Annual statistical returns and brief notes on vaccination in Bengal - 1909-1929
Year: 1909
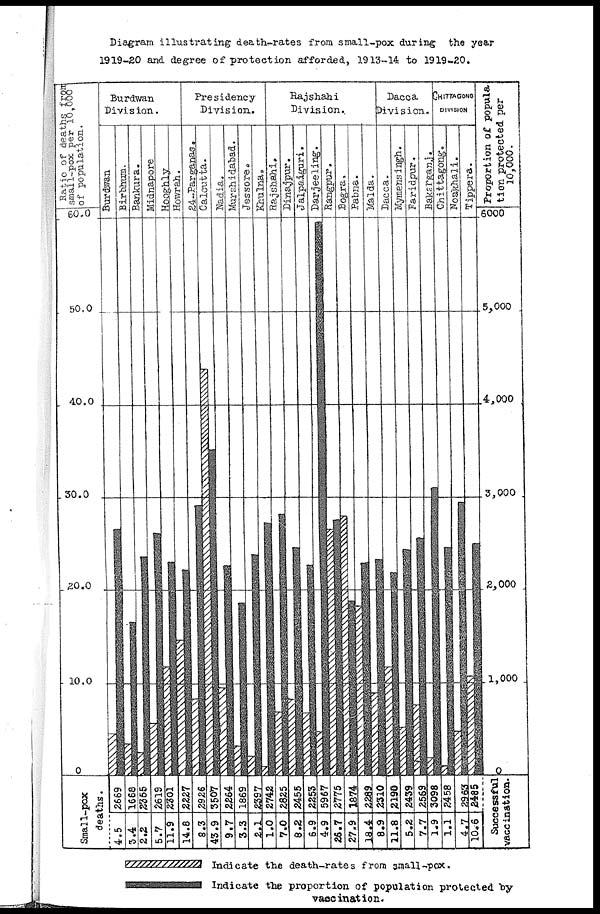
Diagram illustrating death-rates from small-pox during the year
1919-20 and degree of protection afforded, 1913-14 to 1919-20.